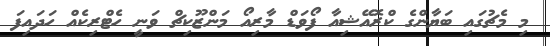
މި މެޗުގައި ބަޔާންގެ ކްރޮއޭޝިއާ ފޯވަޑް މާރިއޯ މަންޒޫކިޗް ވަނީ ހެޓްރިކެއް ހަދައިފަ